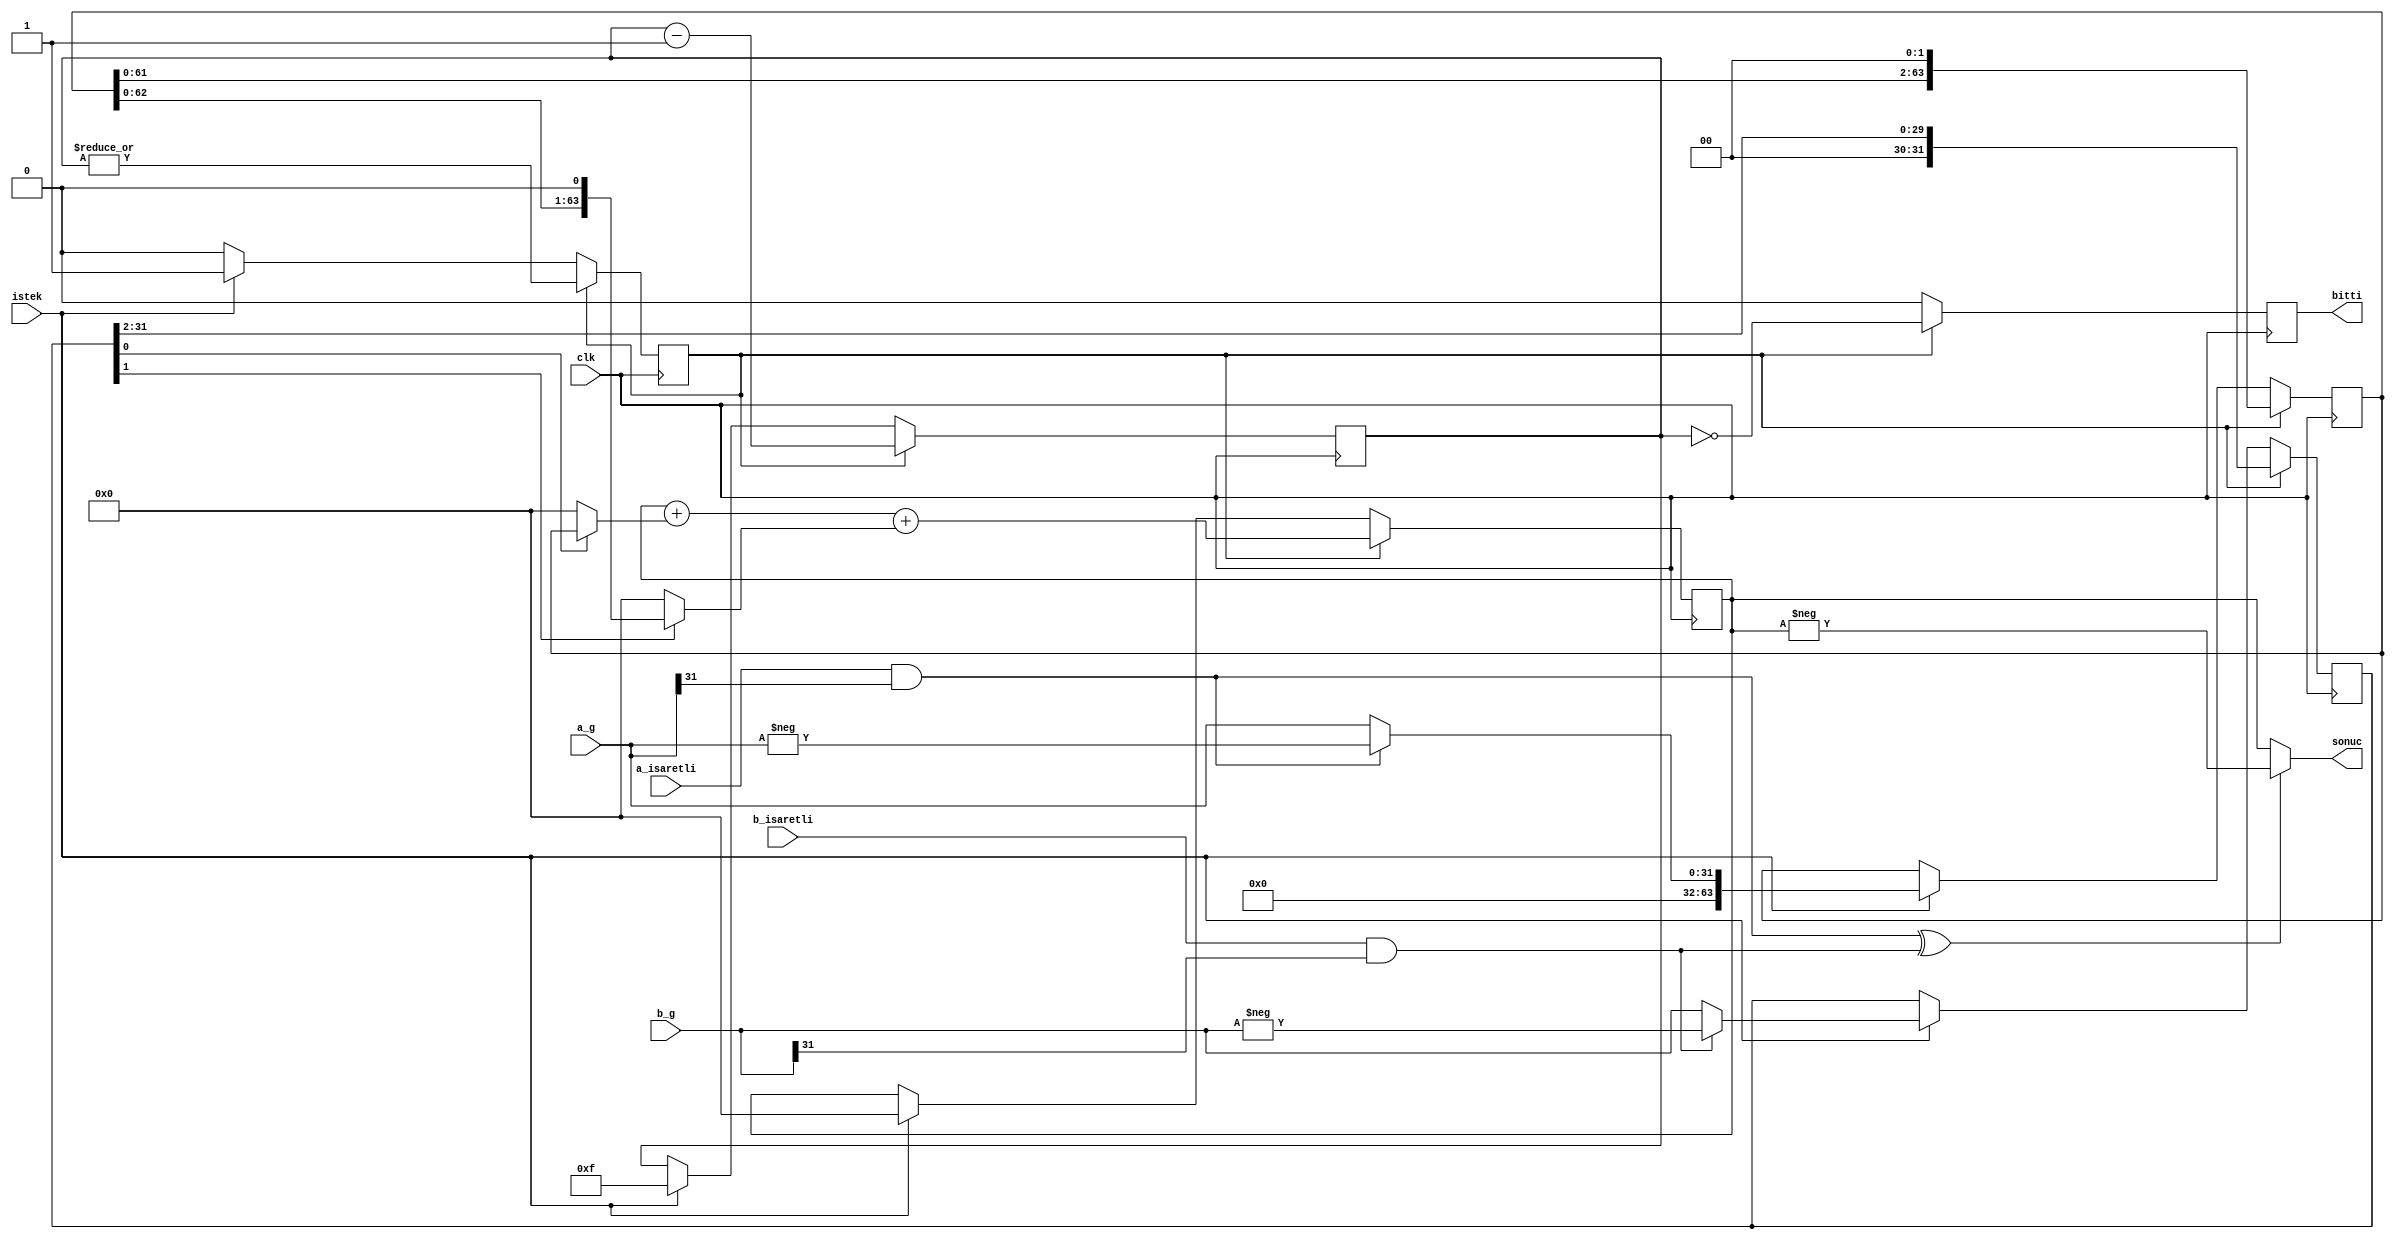
// SPDX-FileCopyrightText: 2020 Efabless Corporation
//
// Licensed under the Apache License, Version 2.0 (the "License");
// you may not use this file except in compliance with the License.
// You may obtain a copy of the License at
//
//      http://www.apache.org/licenses/LICENSE-2.0
//
// Unless required by applicable law or agreed to in writing, software
// distributed under the License is distributed on an "AS IS" BASIS,
// WITHOUT WARRANTIES OR CONDITIONS OF ANY KIND, either express or implied.
// See the License for the specific language governing permissions and
// limitations under the License.
// SPDX-License-Identifier: Apache-2.0
`timescale 1ns / 1ps
//////////////////////////////////////////////////////////////////////////////////
// Company: 
// Engineer: 
// 
// Design Name: 
// Module Name: iki_bit_adimli_carpici
// Project Name: 
// Target Devices: 
// Tool Versions: 
// Description: 
// 
// Dependencies: 
// 
// Revision:
// Revision 0.01 - File Created
// Additional Comments:
// 
//////////////////////////////////////////////////////////////////////////////////


module iki_bit_adimli_carpici(
    input       [31:0]      a_g,
    input       [31:0]      b_g,
    input                   istek,
    input                   a_isaretli,
    input                   b_isaretli,
    input                   clk,
    output      [63:0]      sonuc,
    output      reg         bitti = 0
    );
    
    /*
        arpma her clock ba b'nin en kk iki biti a ile arplarak arpma ekleniyor.
        Sonraki admda b'yi iki saa kaydrp a'y iki sola kaydrarak yeni en kk bitiyle olacak arpmn asl deerini koruyoruz.
        Saylar negatif veya pozitif olmasna baklmakszn pozitif olarak alnyor.
        Eer sonu negatif olmas gerkiyorsa sonucu negatife evirilmi haliyle veriyor aksi halde normal kalyor.
        rnek:
            3   x   5   =   15
            -2  x   -3  =   2   x   3   =   6
            -2  x   4   = -(2   x   4)  =  -8
    */
    
    localparam EVET = 1'b1;
    localparam HAYIR = 1'b0;
    
    reg[63:0] A, A_next;
    reg[31:0] B, B_next;
    
    reg[63:0] carpim, carpim_next;
    
    reg hesaplaniyor = HAYIR, hesaplaniyor_next;
    
    reg bitti_next = 0;
    
    
    wire a_negatif_mi = a_isaretli & a_g[31];
    wire b_negatif_mi = b_isaretli & b_g[31];
    
    wire sonuc_negatif_mi = a_negatif_mi ^ b_negatif_mi;
    
    // B'nin ilk biti ile A'nn arpm B'nin ilk bit 1 ise A'nn kendisi deilse sfrdr
    wire[63:0] ilk_bit_carpim = ( B[0] ? A : 64'd0 );
    
    // B'nin ikinci biti ile A'nn arpm B'nin ikinci biti 1 ise A'nn ikiyle arplm/bir kaydrlm halidir deilse 0
    wire[63:0] ikinci_bit_carpim = ( B[1] ? {A[62:0], 1'd0} : 64'd0 );
    
    
    reg[3:0] adim = 4'hf, adim_next = 4'h7; // sabit clock says
    
    
    always@ (*) begin
        bitti_next = HAYIR;
        hesaplaniyor_next = hesaplaniyor;
        A_next = A;
        B_next = B;
        carpim_next = carpim;
        adim_next = adim;
        if (hesaplaniyor) begin
            hesaplaniyor_next = |(adim);
            bitti_next = (adim == 4'h0); // sabit clock says // bitti_next = ~ (|B[31:2]) & ~bitti;
            adim_next = adim - 1'b1; // sabit clock says
            A_next = A << 2;
            B_next = B >> 2;
            carpim_next = carpim + ilk_bit_carpim + ikinci_bit_carpim;
        end
        else if (istek) begin
            hesaplaniyor_next = EVET;
            A_next = ( a_negatif_mi ? {32'd0, -a_g} : {32'd0, a_g} ); // A 64 bit olduu iin yanna 0 ekliyoruz
            B_next = ( b_negatif_mi ? -b_g : b_g );
            carpim_next = 64'd0; // arpm sfrla
            bitti_next = HAYIR;
            adim_next = 4'hf; // sabit clock says
        end
    end
    
    always@ (posedge clk) begin
        A <= A_next;
        B <= B_next;
        carpim <= carpim_next;
        bitti <= bitti_next;
        hesaplaniyor <= hesaplaniyor_next;;
        adim <= adim_next; // sabit clock says
    end
    
    assign sonuc = ( sonuc_negatif_mi ? -carpim : carpim );
    
endmodule